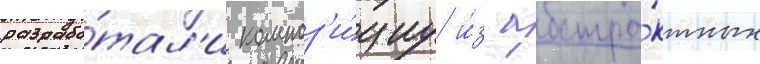
разрабо́тал'и композ'и́циу и́з абстра́ктных